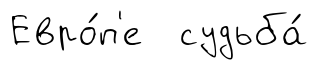
Евро́п'е судьба́